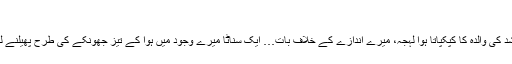
‘‘
ارشد کی والدہ کا کپکپاتا ہوا لہجہ، میرے اندازے کے خلاف بات… ایک سناٹا میرے وجود میں ہوا کے تیز جھونکے کی طرح پھیلنے لگا۔